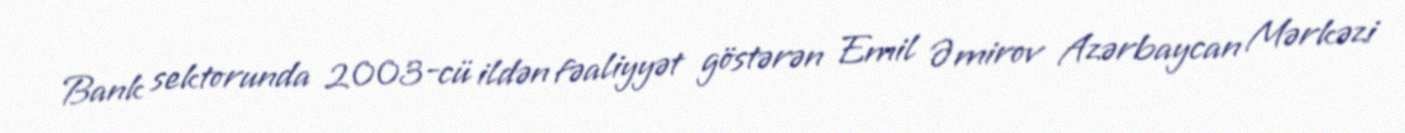
Bank sektorunda 2003-cü ildən fəaliyyət göstərən Emil Əmirov Azərbaycan Mərkəzi